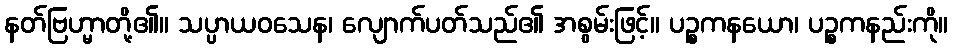
နတ်ဗြဟ္မာတို့၏။ သပ္ပာယဝသေန၊ လျောက်ပတ်သည်၏ အစွမ်းဖြင့်။ ပဉ္စကနယော၊ ပဉ္စကနည်းကို။